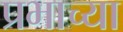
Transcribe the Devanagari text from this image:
प्रभाच्या